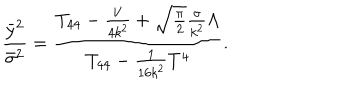
\frac { { \bar { y } } ^ { 2 } } { { \bar { \sigma } } ^ { 2 } } = \frac { T _ { 4 4 } - \frac { V } { 4 k ^ { 2 } } + \sqrt { \frac { \pi } { 2 } } \frac { \sigma } { k ^ { 2 } } \Lambda } { T _ { 4 4 } - \frac { 1 } { 1 6 k ^ { 2 } } T ^ { 4 } } .